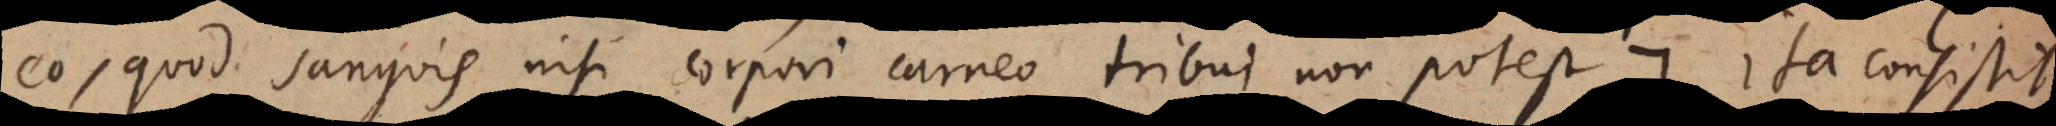
eo, quod sanguis nisi corpori carneo tribui non potest:). Ita consistit